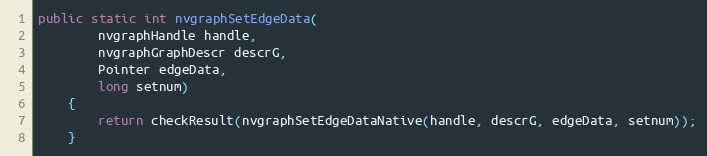
Language: Java
public static int nvgraphSetEdgeData(
        nvgraphHandle handle,
        nvgraphGraphDescr descrG,
        Pointer edgeData,
        long setnum)
    {
        return checkResult(nvgraphSetEdgeDataNative(handle, descrG, edgeData, setnum));
    }